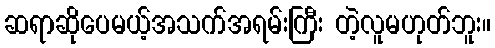
ဆရာဆိုပေမယ့်အသက်အရမ်းကြီး တဲ့လူမဟုတ်ဘူး။